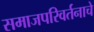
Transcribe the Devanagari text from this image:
समाजपरिवर्तनाचे